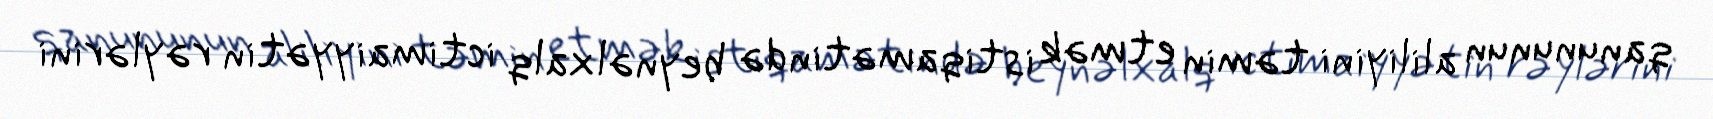
qanununun aliliyini təmin etmək istiqamətində beynəlxalq ictimaiyyətin rəylərini